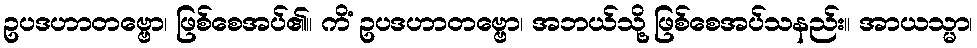
ဥပဒဟာတဗ္ဗော၊ ဖြစ်စေအပ်၏။ ကိံ ဥပဒဟာတဗ္ဗော၊ အဘယ်သို့ ဖြစ်စေအပ်သနည်း။ အာယသ္မာ၊